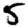
Digit: 5